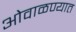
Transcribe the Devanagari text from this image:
ओवाळण्यात